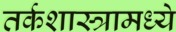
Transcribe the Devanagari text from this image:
तर्कशास्त्रामध्ये